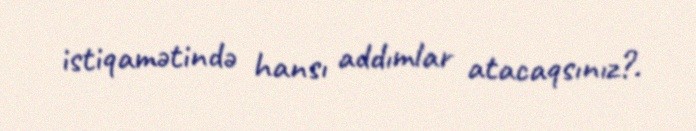
istiqamətində hansı addımlar atacaqsınız?.